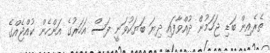
ތެރެއިން ބަޑި ޖަހަމުން ދުއްވާފައި ދިޔަ ބަޔަކުވަނީ ފަސް އަހަރުގެ އަންހެން ކުއްްޖެއްގެ